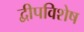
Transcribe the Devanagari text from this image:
द्वीपविशेष